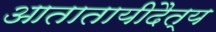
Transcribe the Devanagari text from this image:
आतातायीदैत्य